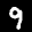
Label: 9